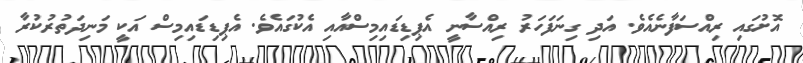
އޮށުގައި ރިއްސަފާނެއެވެ. އަދި ގިނަފަހަރު ރިއްސާނީ އެޕިޑިޑައިމިސްއާއި އެކުގައެވެ. އެޕިޑިޑައިމިސް އަކީ މަނިދަތުރުކުރާ